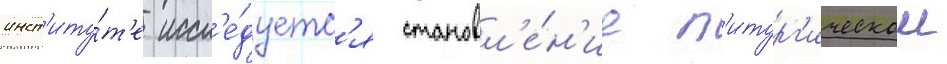
инст'иту́т'е иссл'е́дуетс'я становл'е́н'ие л'итург'ическои